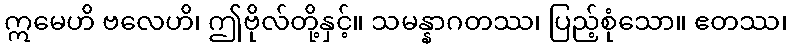
ဣမေဟိ ဗလေဟိ၊ ဤဗိုလ်တို့နှင့်။ သမန္နာဂတဿ၊ ပြည့်စုံသော။ ဧတဿ၊